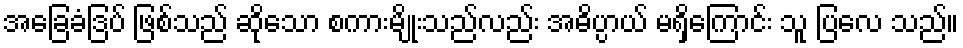
အခြေခံဒြပ် ဖြစ်သည် ဆိုသော စကားမျိုးသည်လည်း အဓိပ္ပာယ် မရှိကြောင်း သူ ပြလေ သည်။